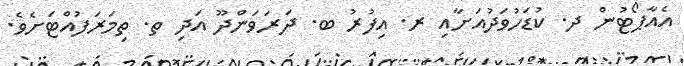
އެއާޕޯޓުން ދ. ކުޑަހުވަދުއަށާއި ރ. އިފުރު ބ. ދަރަވަންދޫ އަދި ތ. ތިމަރަފުއްޓަށެވެ.